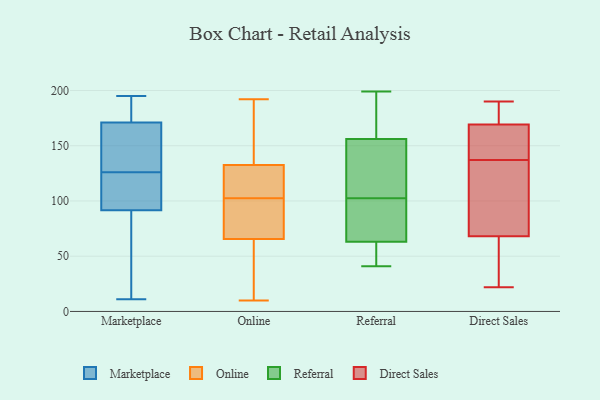
{"axis": {"x": "Satisfaction Score", "y": "Value"}, "legend": ["Direct Sales", "Marketplace", "Online", "Referral"], "data": [{"x": "", "y": 126, "type": "Marketplace"}, {"x": "", "y": 87, "type": "Marketplace"}, {"x": "", "y": 156, "type": "Marketplace"}, {"x": "", "y": 102, "type": "Marketplace"}, {"x": "", "y": 152, "type": "Marketplace"}, {"x": "", "y": 177, "type": "Marketplace"}, {"x": "", "y": 105, "type": "Marketplace"}, {"x": "", "y": 171, "type": "Marketplace"}, {"x": "", "y": 11, "type": "Marketplace"}, {"x": "", "y": 114, "type": "Marketplace"}, {"x": "", "y": 128, "type": "Marketplace"}, {"x": "", "y": 195, "type": "Marketplace"}, {"x": "", "y": 93, "type": "Marketplace"}, {"x": "", "y": 171, "type": "Marketplace"}, {"x": "", "y": 80, "type": "Marketplace"}, {"x": "", "y": 172, "type": "Marketplace"}, {"x": "", "y": 65, "type": "Marketplace"}, {"x": "", "y": 10, "type": "Online"}, {"x": "", "y": 64, "type": "Online"}, {"x": "", "y": 128, "type": "Online"}, {"x": "", "y": 101, "type": "Online"}, {"x": "", "y": 189, "type": "Online"}, {"x": "", "y": 104, "type": "Online"}, {"x": "", "y": 79, "type": "Online"}, {"x": "", "y": 120, "type": "Online"}, {"x": "", "y": 39, "type": "Online"}, {"x": "", "y": 123, "type": "Online"}, {"x": "", "y": 137, "type": "Online"}, {"x": "", "y": 79, "type": "Online"}, {"x": "", "y": 19, "type": "Online"}, {"x": "", "y": 192, "type": "Online"}, {"x": "", "y": 67, "type": "Online"}, {"x": "", "y": 167, "type": "Online"}, {"x": "", "y": 156, "type": "Referral"}, {"x": "", "y": 46, "type": "Referral"}, {"x": "", "y": 47, "type": "Referral"}, {"x": "", "y": 178, "type": "Referral"}, {"x": "", "y": 119, "type": "Referral"}, {"x": "", "y": 150, "type": "Referral"}, {"x": "", "y": 106, "type": "Referral"}, {"x": "", "y": 41, "type": "Referral"}, {"x": "", "y": 99, "type": "Referral"}, {"x": "", "y": 94, "type": "Referral"}, {"x": "", "y": 94, "type": "Referral"}, {"x": "", "y": 199, "type": "Referral"}, {"x": "", "y": 63, "type": "Referral"}, {"x": "", "y": 165, "type": "Referral"}, {"x": "", "y": 171, "type": "Direct Sales"}, {"x": "", "y": 22, "type": "Direct Sales"}, {"x": "", "y": 137, "type": "Direct Sales"}, {"x": "", "y": 128, "type": "Direct Sales"}, {"x": "", "y": 58, "type": "Direct Sales"}, {"x": "", "y": 86, "type": "Direct Sales"}, {"x": "", "y": 190, "type": "Direct Sales"}, {"x": "", "y": 164, "type": "Direct Sales"}, {"x": "", "y": 162, "type": "Direct Sales"}, {"x": "", "y": 189, "type": "Direct Sales"}, {"x": "", "y": 62, "type": "Direct Sales"}]}